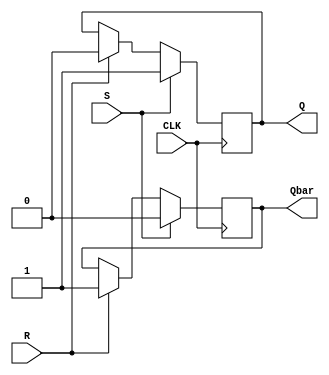
module Gated_SR_FF(
    input S, // Input for Set
    input R, // Input for Reset
    input CLK, // Clock
    output reg Q, // Output
    output reg Qbar // Complementary output
);

always @(posedge CLK) begin
    if (S) begin
        Q <= 1'b1; // Set Q to high
        Qbar <= 1'b0; // Set Qbar to low
    end else if (R) begin
        Q <= 1'b0; // Reset Q to low
        Qbar <= 1'b1; // Set Qbar to high
    end else begin
        Q <= Q; // Q remains unchanged
        Qbar <= Qbar; // Qbar remains unchanged
    end
end

endmodule